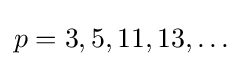
p=3,5,11,13,\ldots